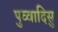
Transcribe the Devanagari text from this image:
पुव्वादिसु